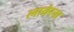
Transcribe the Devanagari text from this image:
लावेरना